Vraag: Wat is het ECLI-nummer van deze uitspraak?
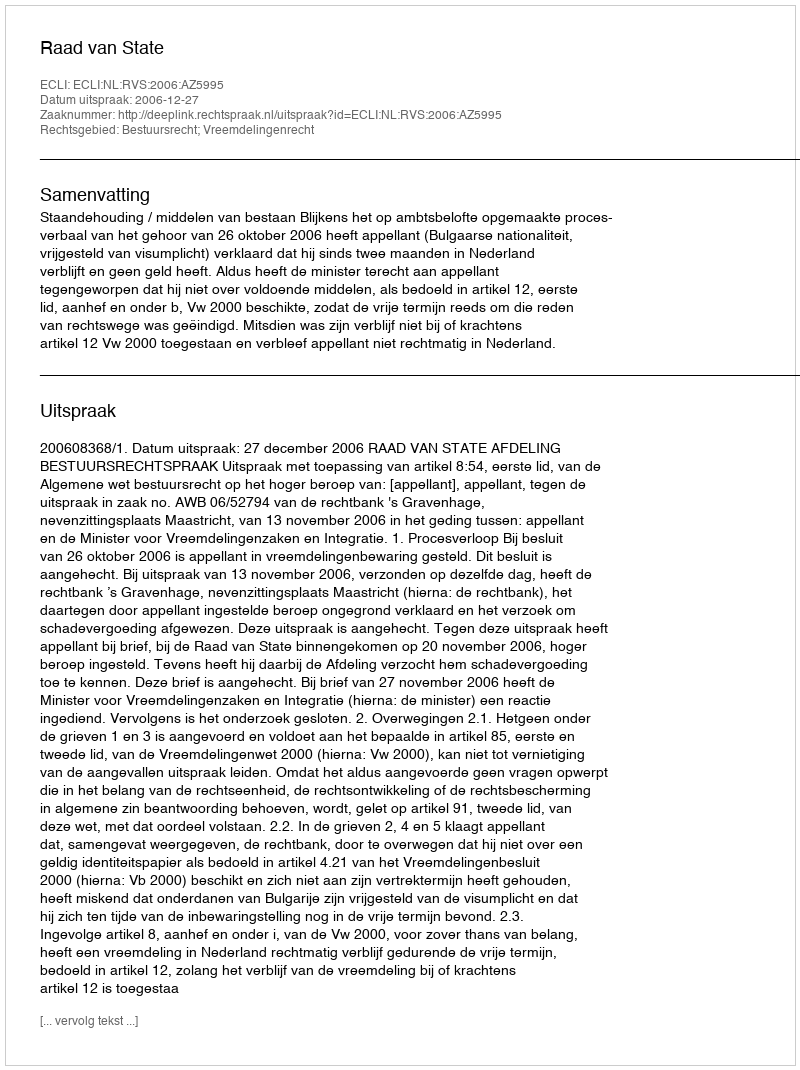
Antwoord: ECLI:NL:RVS:2006:AZ5995